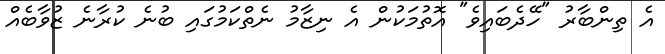
އެ ތިންބާރު "ހޭދެބައިވެ" އޮތުމަކުން އެ ނިޒާމު ނެތްކަމުގައި ބުނެ ކުރާނެ ޒުވާބެއް